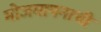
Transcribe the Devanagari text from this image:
मोजमापनाची